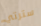
سترتي